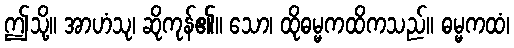
ဤသို့။ အာဟံသု၊ ဆိုကုန်၏။ သော၊ ထိုဓမ္မကထိကသည်။ ဓမ္မကထံ၊